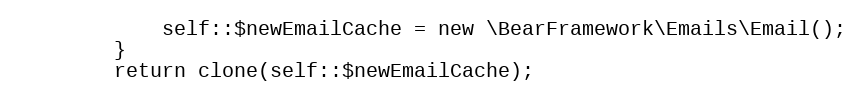
Language: PHP
            self::$newEmailCache = new \BearFramework\Emails\Email();
        }
        return clone(self::$newEmailCache);